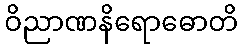
ဝိညာဏနိရောဓောတိ